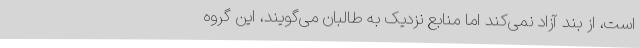
است، از بند آزاد نمی‌کند اما منابع نزدیک به طالبان می‌گویند، این گروه